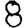
Digit: 8